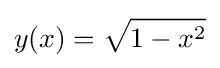
y(x)={\sqrt {1-x^{2}}}